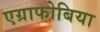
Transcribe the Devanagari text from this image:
एग्राफोबिया